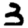
Digit: 3